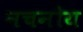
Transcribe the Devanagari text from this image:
नचनोय